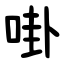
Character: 啩